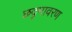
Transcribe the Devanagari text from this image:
छदृमावरण